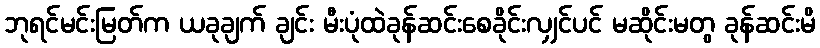
ဘုရင်မင်းမြတ်က ယခုချက် ချင်း မီးပုံထဲခုန်ဆင်းစေခိုင်းလျှင်ပင် မဆိုင်းမတွ ခုန်ဆင်းမိ